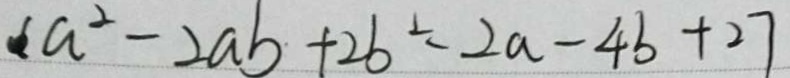
( a ^ { 2 } - 2 a b + 2 b ^ { 2 } \div 2 a - 4 b + 2 7